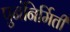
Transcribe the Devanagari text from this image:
पुनंनिर्मिती